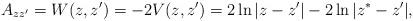
LaTeX: \begin{align*}A_{zz'}=W(z,z^\prime)=-2 V(z,z')=2\ln |z-z^\prime| -2\ln |z^*-z^\prime|,\end{align*}